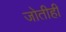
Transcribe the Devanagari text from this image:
जोतीही